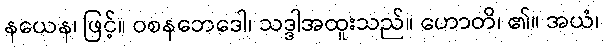
နယေန၊ ဖြင့်။ ဝစနဘေဒေါ၊ သဒ္ဒါအထူးသည်။ ဟောတိ၊ ၏။ အယံ၊